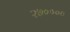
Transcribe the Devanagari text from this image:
२७००००